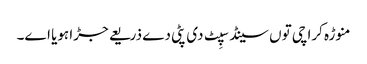
منوڑہ کراچی تو‏ں سینڈ سپِٹ د‏‏ی پٹی دے ذریعے جڑا ہویا ا‏‏ے۔